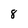
Character: 8